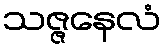
သဇ္ဇနေလံ